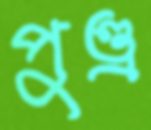
পুণ্ড্র